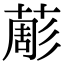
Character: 𦸔